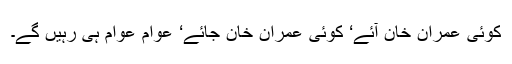
کوئی عمران خان آئے‘ کوئی عمران خان جائے‘ عوام عوام ہی رہیں گے۔